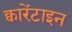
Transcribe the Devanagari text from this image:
क्वारेंटाइन